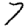
Digit: 7